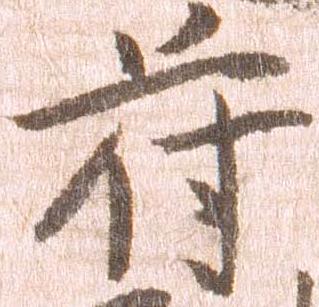
符